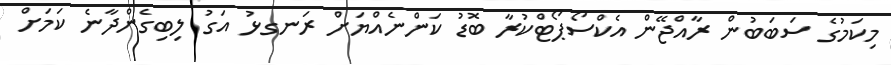
މިކަމުގެ ސަބަބުން ރާއްޖޭން އެކްސޯޕޯޓްކުރާ ބޮޑު ކަންނެއްޔަށް ރަނގޅު އަގު ލިބިގެންދާނެ ކަމަށް